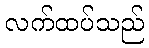
လက်ထပ်သည်